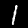
Label: 1